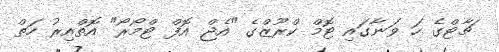
ޗާޓްގެ ހަ ވަނާގައި ޓޮމް ކްރޫޒްގެ "އެޖް އޮފް ޓްމޯރޯ" އޮތްއިރު ހަތް